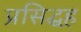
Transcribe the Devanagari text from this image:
प्रसिद्धह